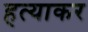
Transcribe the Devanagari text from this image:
हत्याकर